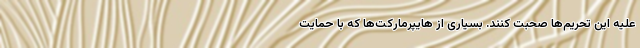
علیه این تحریم‌ها صحبت کنند. بسیاری از هایپرمارکت‌‌ها که با حمایت